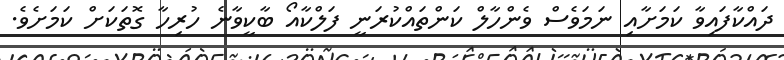
ދައްކާފައިވާ ކަމަށާއި ނަމަވެސް ވެންހާލް ކަންތައްކުރަނީ ފަލްކާއޯ ބާކީވާނެ ހުރިހާ ގޮތަކަށް ކަމަށެވެ.